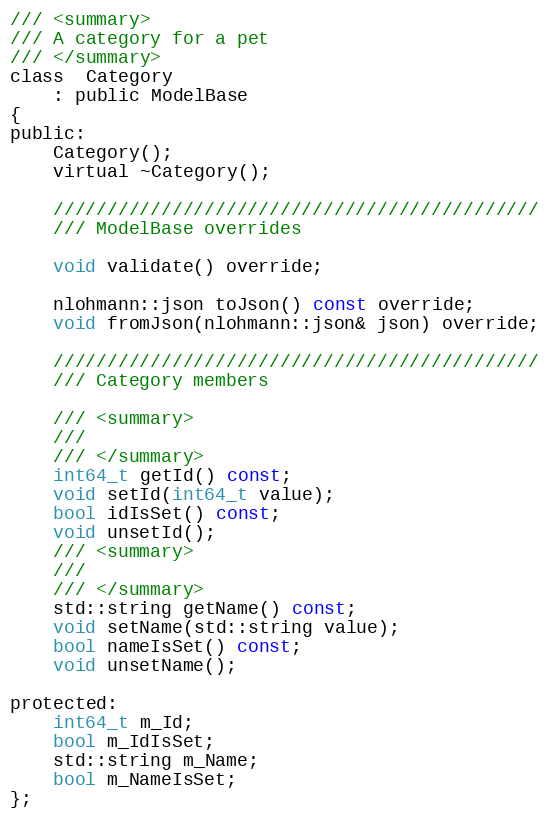
Language: C
/// <summary>
/// A category for a pet
/// </summary>
class  Category
    : public ModelBase
{
public:
    Category();
    virtual ~Category();

    /////////////////////////////////////////////
    /// ModelBase overrides

    void validate() override;

    nlohmann::json toJson() const override;
    void fromJson(nlohmann::json& json) override;

    /////////////////////////////////////////////
    /// Category members

    /// <summary>
    ///
    /// </summary>
    int64_t getId() const;
    void setId(int64_t value);
    bool idIsSet() const;
    void unsetId();
    /// <summary>
    ///
    /// </summary>
    std::string getName() const;
    void setName(std::string value);
    bool nameIsSet() const;
    void unsetName();

protected:
    int64_t m_Id;
    bool m_IdIsSet;
    std::string m_Name;
    bool m_NameIsSet;
};